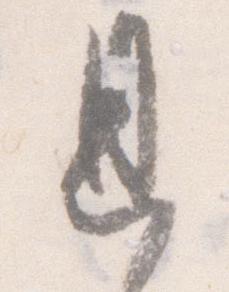
恩